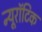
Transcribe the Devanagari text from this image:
न्यूरॉटिक